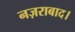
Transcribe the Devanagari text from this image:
नज़राबाद।